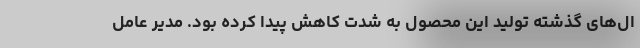
ال‌های گذشته تولید این محصول به شدت کاهش پیدا کرده بود. مدیر عامل